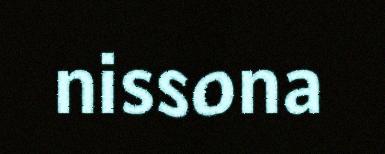
nissona